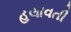
હલાવતી